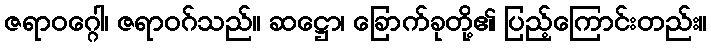
ဇရာဝဂ္ဂေါ၊ ဇရာဝဂ်သည်။ ဆဋ္ဌော၊ ခြောက်ခုတို့၏ ပြည့်ကြောင်းတည်း။